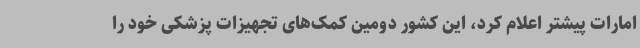
امارات پیشتر اعلام کرد، این کشور دومین کمک‌های تجهیزات پزشکی خود را